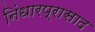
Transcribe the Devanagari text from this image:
निंधारप्रासाद